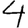
Digit: 4